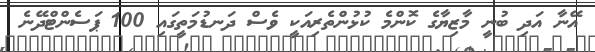
އޭނާ އަދި ބުނީ މާޒިޔާގެ ކޮންމެ ކުޅުންތެރިއަކީ ވެސް ދަނޑުމަތީގައި 100 ޕަސެންޓްދޭނެ